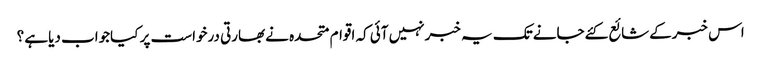
اس خبرکےشائع کئےجانےتک یہ خبرنہیں آئی کہ اقوام متحدہ نےبھارتی درخواست پر کیاجواب دیاہے ؟